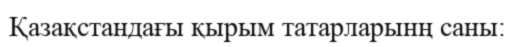
Қазақстандағы қырым татарларынң саны: